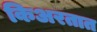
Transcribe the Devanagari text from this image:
किअरतात